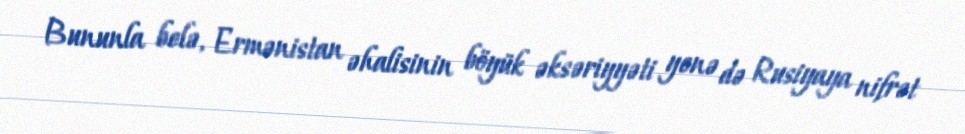
Bununla belə, Ermənistan əhalisinin böyük əksəriyyəti yenə də Rusiyaya nifrət